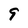
Character: 9